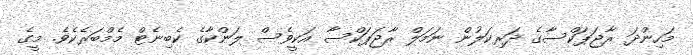
މަހިންދަ ރާޖަޕަކްސާގެ ދަރިކަލުން ނަމަލް ރާޖަޕަކްސާ އަކީވެސް ލަންކާގެ ކެބިނެޓް މެމްބަރެކެވެ. މީގެ